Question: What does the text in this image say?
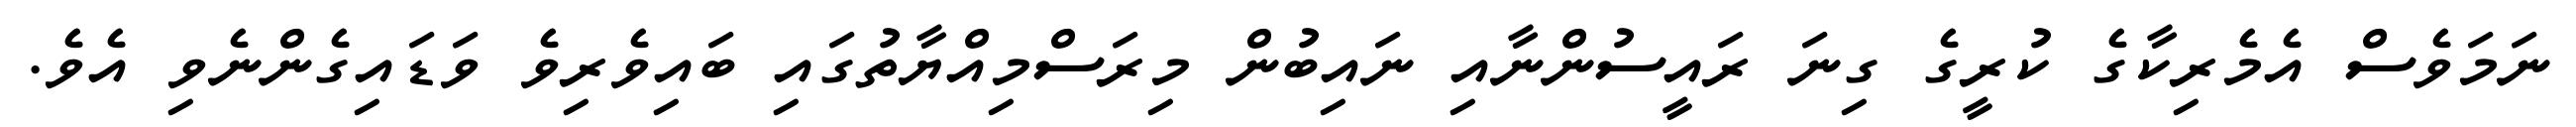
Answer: ނަމަވެސް އެމެރިކާގެ ކުރީގެ ގިނަ ރައީސުންނާއި ނައިބުން މިރަސްމިއްޔާތުގައި ބައިވެރިވެ ވަޑައިގެންނެވި އެވެ.